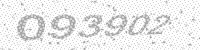
Solution: 093902